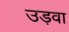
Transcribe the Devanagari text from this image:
उड़वा